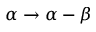
\alpha \to \alpha - \beta